Document type: Inventory
Year: 1295
Scribe: Pere Marc
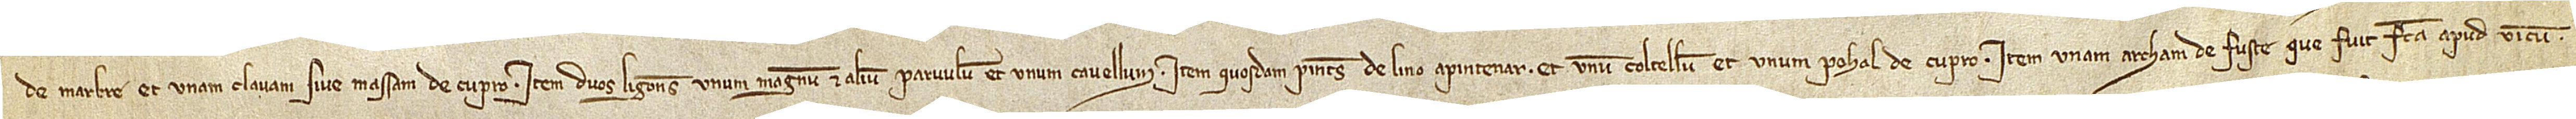
de marbre, et unam clavam sive massam de cupro; item, duos ligones, unum magnum et alium parvulum, et unum cavellum; item, quosdam pintes de lino apintenar, et unum coltellum, et unum pohal de cupor; item, unam archam de fuste que fuit facta apud vicum